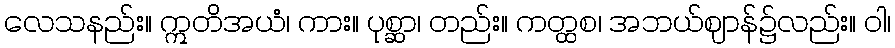
လေသနည်း။ ဣတိအယံ၊ ကား။ ပုစ္ဆာ၊ တည်း။ ကတ္ထစ၊ အဘယ်ဈာန်၌လည်း။ ဝါ၊